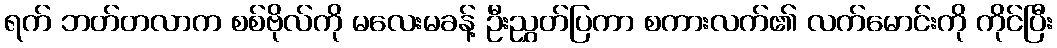
ရက် ဘတ်တလာက စစ်ဗိုလ်ကို မလေးမခန့် ဦးညွှတ်ပြကာ စကားလက်၏ လက်မောင်းကို ကိုင်ပြီး